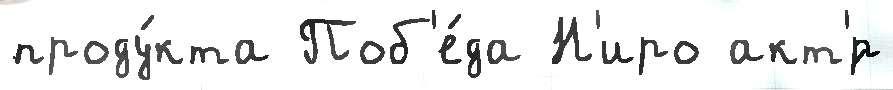
проду́кта Поб'е́да Н'иро акт'́р